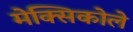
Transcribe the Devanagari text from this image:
मेक्सिकोले